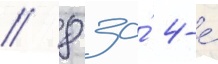
/ 8 за́ 4-е́